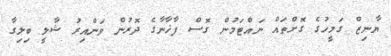
ޔާނިޒް ގަމީހުގެ ގޮށްތައް ނައްޓަމުން ގޮސް ފާޚާނާގެ ދޮރުން ވަންއިރު ޝާލީ ބިލިގާ